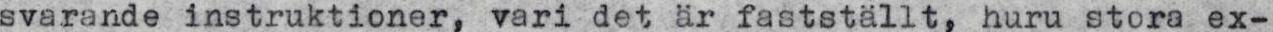
svarande instruktioner, vari det är fastställt, huru stora ex-